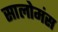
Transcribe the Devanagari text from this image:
सालोमंस